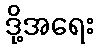
ဒို့အရေး